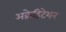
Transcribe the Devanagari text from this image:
अक्रेडिटेशन